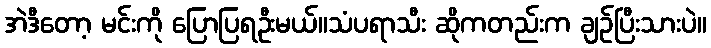
အဲဒီတော့ မင်းကို ပြောပြရဦးမယ်။သံပရာသီး ဆိုကတည်းက ချဉ်ပြီးသားပဲ။